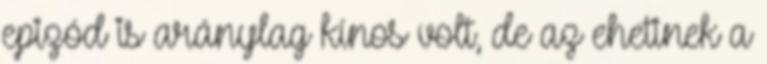
epizód is aránylag kínos volt, de az ehetinek a